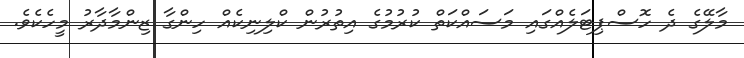
މާލޭގެ ދެ ހޮސްޕިޓަލެއްގައި މަސައްކަތް ކުރުމުގެ އިތުރުން ކްލިނިކެއް ހިންގާ ޒިންމާދާރު މީހެކެވެ.